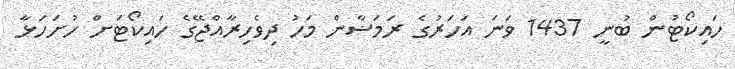
ހައިކޯޓުން ބުނީ 1437 ވަނަ އަހަރުގެ ރަމަޟާން މަހު ދިވެހިރާއްޖޭގެ ހައިކޯޓަށް ހުށަހަޅާ